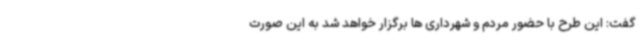
گفت: این طرح با حضور مردم و شهرداری ها برگزار خواهد شد به این صورت